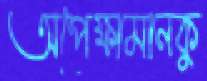
অপেক্ষামানকু